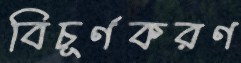
বিচূর্ণকরণ